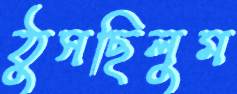
ঠুসছিলুম